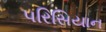
પરિસિયાન